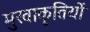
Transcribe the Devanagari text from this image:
मुखाकृतियों